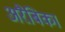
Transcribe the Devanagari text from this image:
अरैबिका